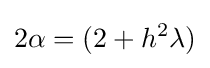
2\alpha =(2+h^{2}\lambda )